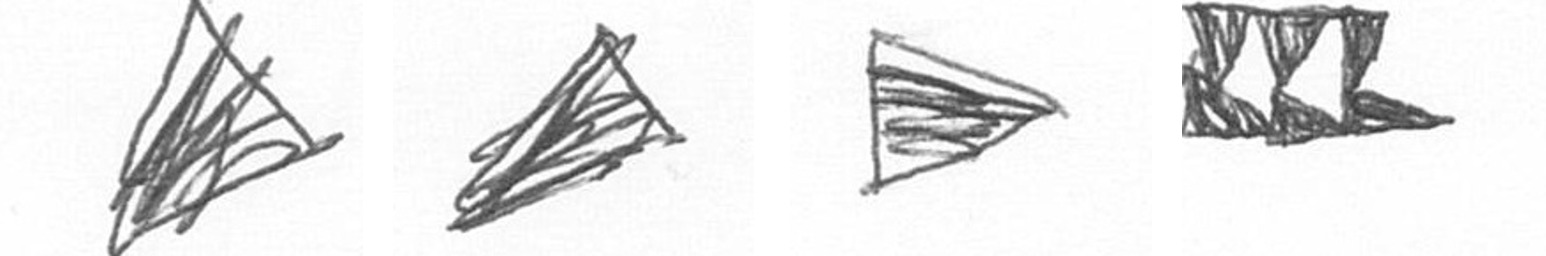
O O T D